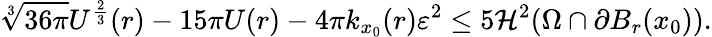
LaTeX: \sqrt[3]{36\pi}U^{\frac{2}{3}}(r)-15\pi U(r)-4\pi k_{x_{0}}(r)\varepsilon^{2}\leq 5\mathcal{H}^{2}(\Omega\cap\partial B_{r}(x_{0})).